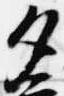
夕